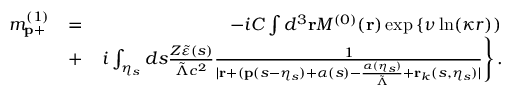
\begin{array} { r l r } { m _ { \mathbf { p } + } ^ { ( 1 ) } } & { = } & { - i { \cal C } \int d ^ { 3 } \mathbf { r } { \cal M } ^ { ( 0 ) } ( \mathbf { r } ) \exp \left\{ \nu \ln ( \kappa r ) ) \right. } \\ & { + } & { \left. i \int _ { \eta _ { s } } d s \frac { Z \tilde { \varepsilon } ( s ) } { \tilde { \Lambda } c ^ { 2 } } \frac { 1 } { | \mathbf { r } + ( \mathbf { p } ( s - \eta _ { s } ) + \boldsymbol { \alpha } ( s ) - \frac { { \boldsymbol \alpha } ( \eta _ { s } ) } { \tilde { \Lambda } } + \mathbf { r } _ { k } ( s , \eta _ { s } ) | } \right\} . } \end{array}